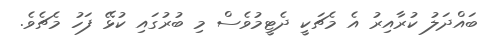
ބައްދަލު ކުރާއިރު އެ މެޗަކީ ދެޓީމުވެސް މި ބުރުގައި ކުޅޭ ފަހު މެޗެވެ.